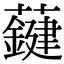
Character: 𧃑